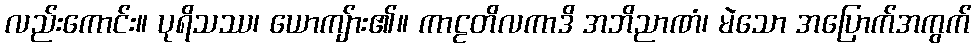
လည်းကောင်း။ ပုရိသဿ၊ ယောကျ်ား၏။ ကာဠတိလကာဒိ အဘိညာဏံ၊ မဲသော အပြောက်အကွက်